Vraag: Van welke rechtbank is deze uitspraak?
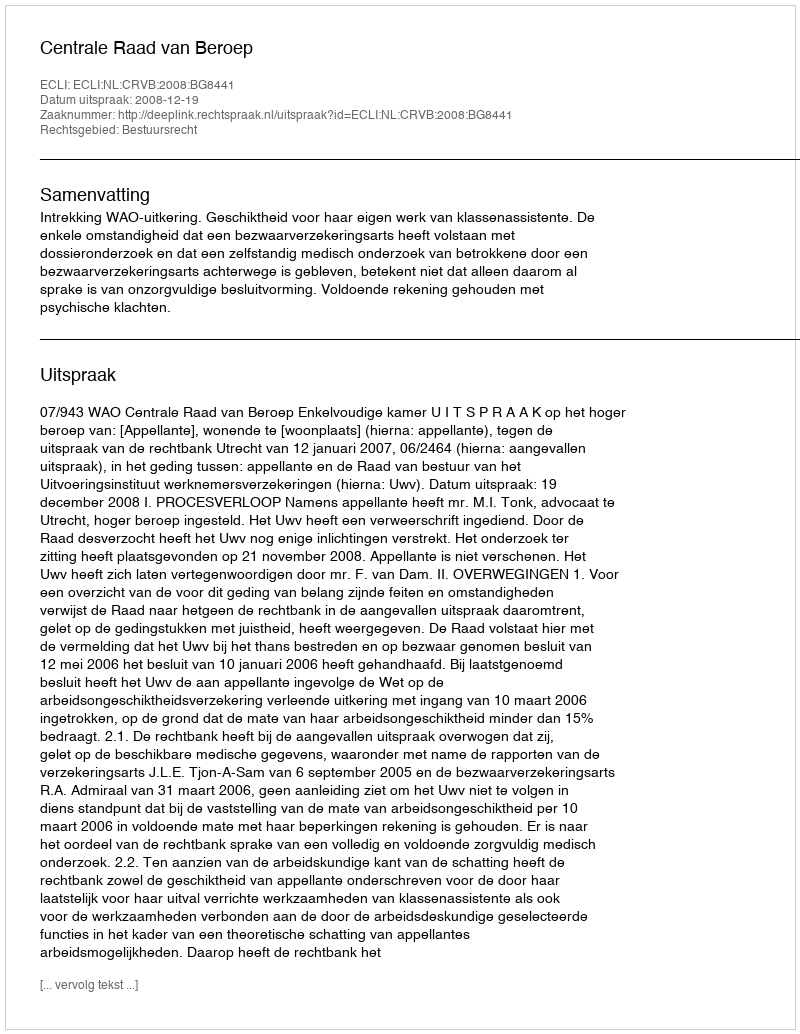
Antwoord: Centrale Raad van Beroep